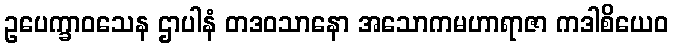
ဥပေက္ခာဝသေန ဌာပါနံ တဒဝသာနော အသောကမဟာရာဇာ ကဒါစိယေဝ